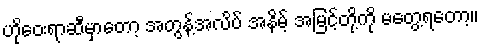
ဟိုဝေးရာဆီမှာတော့ အတွန့်အလိပ် အနိမ့် အမြင့်တို့ကို မတွေ့ရတော့။